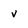
Character: v